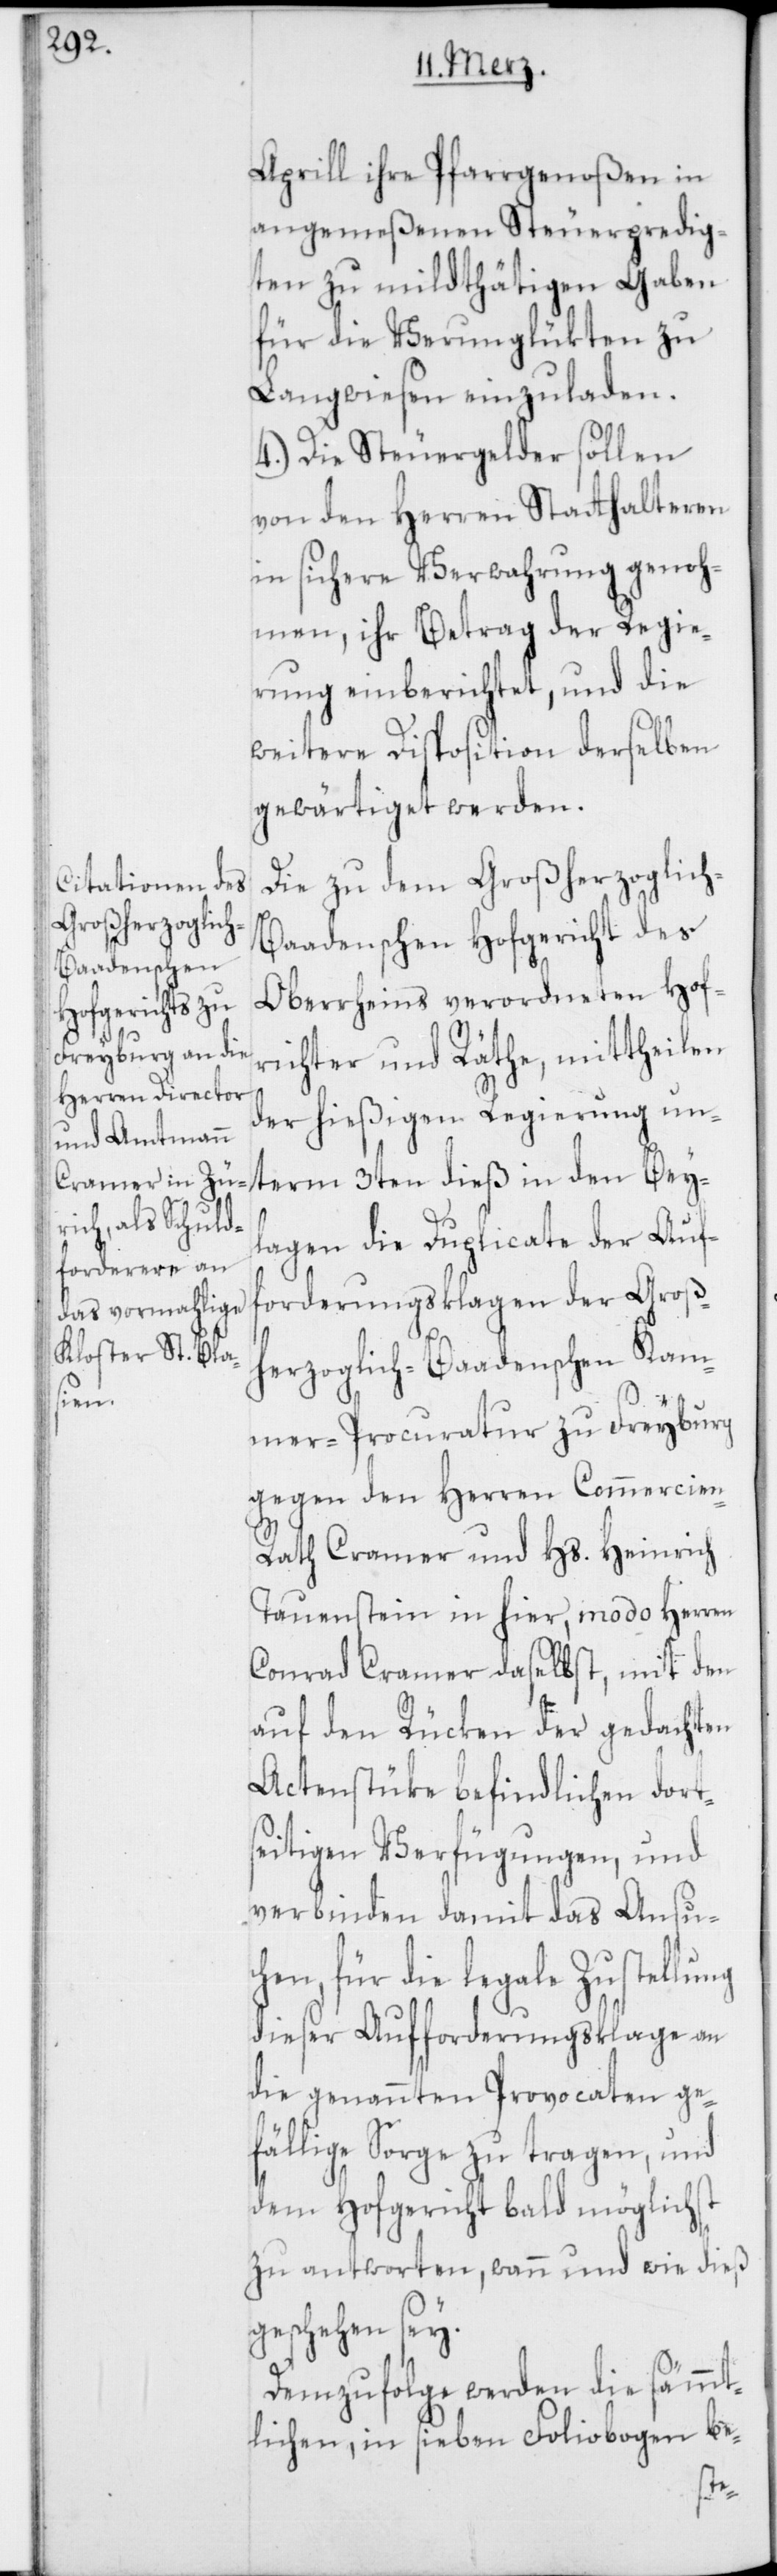
Aprill ihre Pfarrgenoßen in
angemeßenen Steuerpredig¬
ten zu mildthätigen Gaben
für die Verunglükten zu
Langwiesen einzuladen.
4.) Die Steuergelder sollen
von den Herren Statthalteren
in sichere Verwahrung genoh¬
men, ihr Betrag der Regie¬
rung einberichtet und die
weitere Disposition derselben
gewärtiget werden.
Die zu dem Großherzoglic¬
h-Baadenschen Hofgericht des
Oberrheins verordneten Hof¬
richter und Räthe, mittheilen
der hießigen Regierung un¬
term 3ten dieß in den Bey¬
lagen die Duplicate der Auf¬
forderungsklagen der Groß¬
erzoglich-Baadenschen Kam¬
mer-Procuratur zu Freyburg,
gegen den Herren Commercien-R¬
ath Cramer und Hs. Heinrich
Tauenstein in hier, modo Herren
Conrad Cramer daselbst, mit den
auf den Rücken der gedachten
Actenstüke befindlichen dorts¬
eitigen Verfügungen, und
verbinden damit das Ansu¬
chen, für die legale Zustellung
dieser Aufforderungsklage an
die genannten Provocaten ge¬
fällige Sorge zu tragen, und
dem Hofgericht bald möglichst
zu antworten, wann und wie dies
geschehen sey.
Demzufolge werden die sämmt¬
lichen, in sieben Foliobogen be-